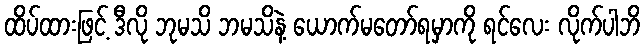
ထိပ်ထားဖြင့် ဒီလို ဘုမသိ ဘမသိနဲ့ ယောက်မတော်ရမှာကို ရင်လေး လိုက်ပါဘိ